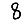
Digit: 8